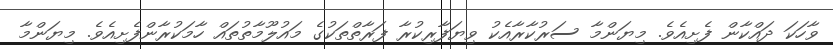
ވާހަކަ ދައްކާން ފެށިއެވެ. މިޔަންމާ ސަރުކާރާއެކު ވިޔަފާރިކުރާ ފަރާތްތަކުގެ މައުލޫމާތުތައް ހާމަކުރާންފެށިއެވެ. މިޔަންމާ